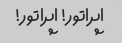
اپراتور! اپراتور!